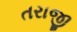
તરાજી